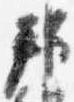
邦